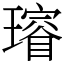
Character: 𤩷